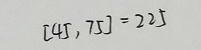
[ 4 5 , 7 5 ] = 2 2 5